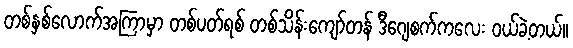
တစ်နှစ်လောက်အကြာမှာ တစ်ပတ်ရစ် တစ်သိန်းကျော်တန် ဒီဂျေစက်ကလေး ဝယ်ခဲ့တယ်။